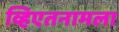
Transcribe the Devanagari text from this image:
व्हिएतनामला